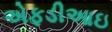
એફડીઆઇ